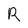
Character: R